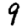
Digit: 9